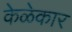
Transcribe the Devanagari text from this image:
केळेकार